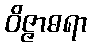
ဝိဇ္ဇာဓရာ